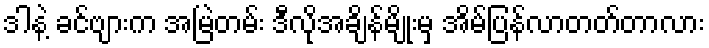
ဒါနဲ့ ခင်ဗျားက အမြဲတမ်း ဒီလိုအချိန်မျိုးမှ အိမ်ပြန်လာတတ်တာလား